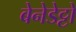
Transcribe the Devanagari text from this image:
बेनेडेट्टो